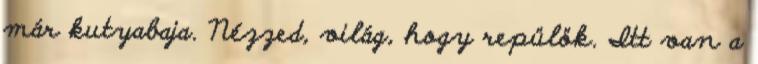
már kutyabaja. Nézzed, világ, hogy repülök. Itt van a